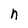
Character: n